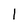
Character: 1